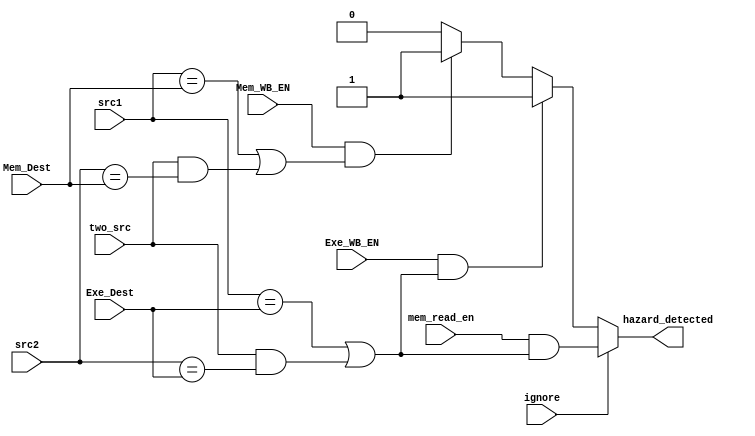
module HazardDetectionUnit(input [3:0] src1, src2, Exe_Dest, Mem_Dest,
		input Exe_WB_EN, Mem_WB_EN, two_src, mem_read_en, ignore, output hazard_detected);

	wire hazard;
	assign hazard = ((Exe_WB_EN == 1'b1) && (src1 == Exe_Dest || (two_src == 1'b1 && src2 == Exe_Dest))) ? 1'b1
			: ((Mem_WB_EN == 1'b1) && (src1 == Mem_Dest || (two_src == 1'b1 && src2 == Mem_Dest))) ? 1'b1
			: 1'b0;

	assign hazard_detected = (ignore == 1'b0) ? hazard :
			(mem_read_en & (src1 == Exe_Dest || (two_src == 1'b1 && src2 == Exe_Dest)));
endmodule